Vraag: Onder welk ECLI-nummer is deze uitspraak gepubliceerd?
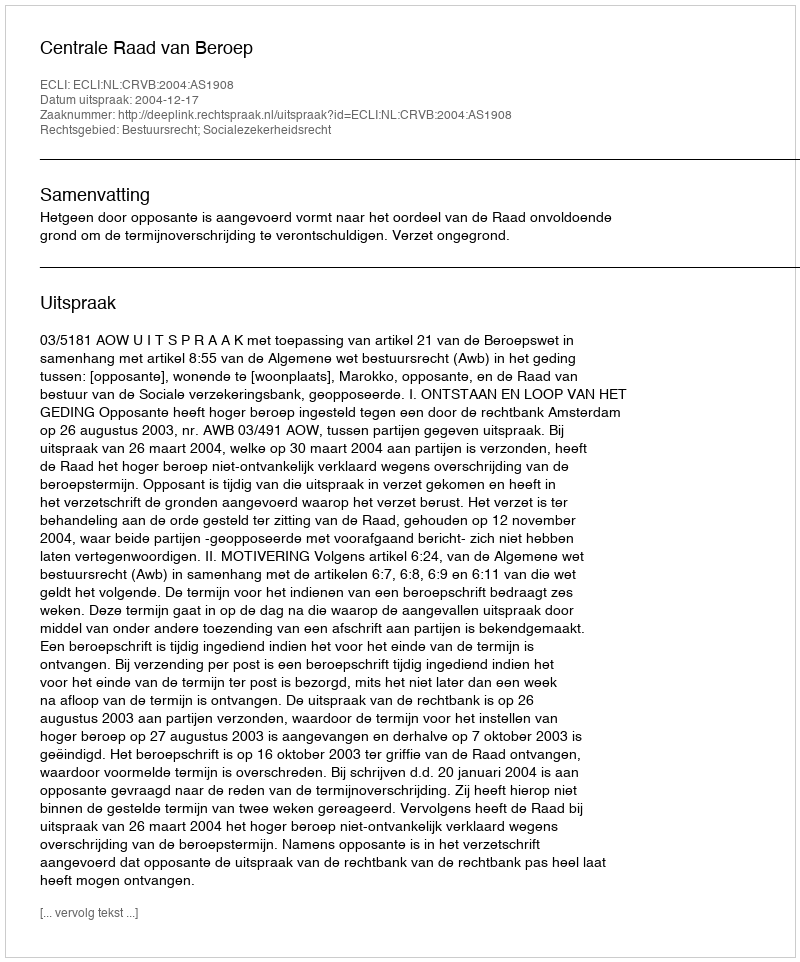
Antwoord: ECLI:NL:CRVB:2004:AS1908